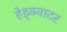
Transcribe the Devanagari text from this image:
हेड्क्वाटर